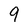
Character: 9